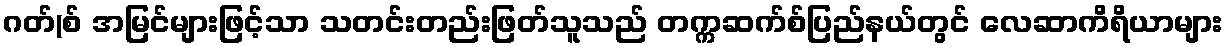
ဂတ်(စ် အမြင်များဖြင့်သာ သတင်းတည်းဖြတ်သူသည် တက္ကဆက်စ်ပြည်နယ်တွင် လေဆာကိရိယာများ